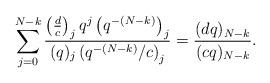
LaTeX: \begin{align*}\sum_{j=0}^{N-k} \frac{\left(\frac{d}{c}\right)_j q^j \left(q^{-(N-k)}\right)_j}{(q)_j \left(q^{-(N-k)}/c\right)_j}=\frac{(dq)_{N-k}}{(cq)_{N-k}}.\end{align*}